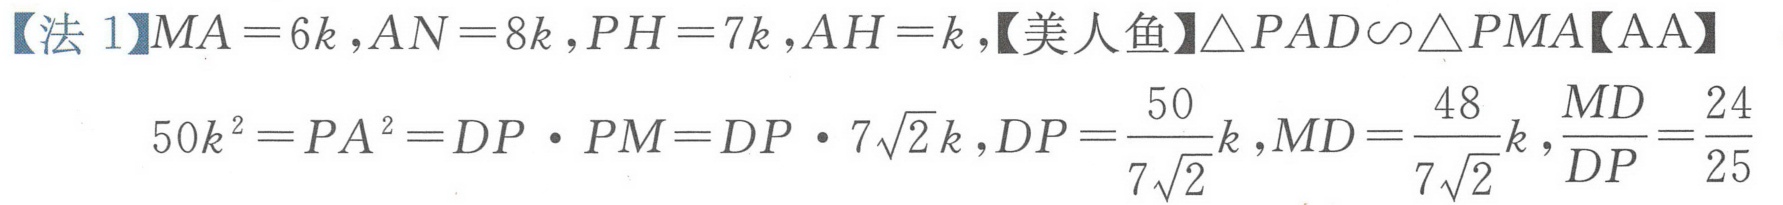
【法 1】\(MA = 6k,AN = 8k,PH = 7k,AH = k\)，【美人鱼】\(\triangle PAD\sim\triangle PMA\)【AA】
\(50k^{2}=PA^{2}=DP\cdot PM = DP\cdot7\sqrt{2}k,DP=\frac{50}{7\sqrt{2}}k,MD=\frac{48}{7\sqrt{2}}k,\frac{MD}{DP}=\frac{24}{25}\)